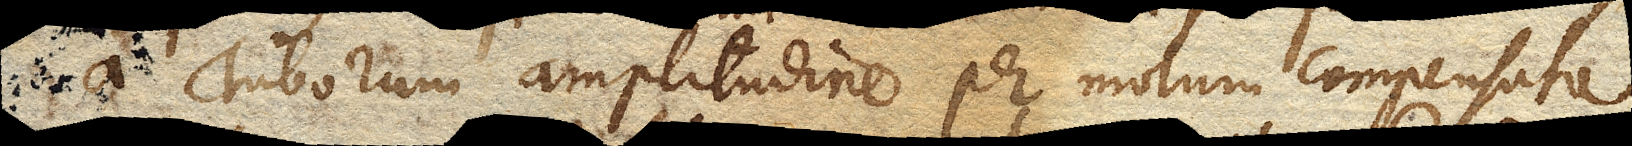
a Tuborum amplitudine per motum compensata